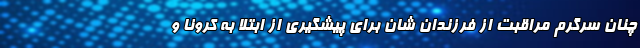
چنان سرگرم مراقبت از فرزندان شان برای پیشگیری از ابتلا به کرونا و